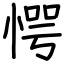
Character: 愕